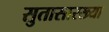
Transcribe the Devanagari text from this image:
सुतासारख्या